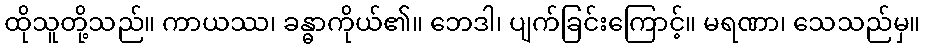
ထိုသူတို့သည်။ ကာယဿ၊ ခန္ဓာကိုယ်၏။ ဘေဒါ၊ ပျက်ခြင်းကြောင့်။ မရဏာ၊ သေသည်မှ။